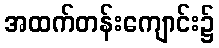
အထက်တန်းကျောင်း၌